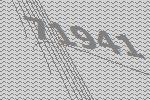
71941